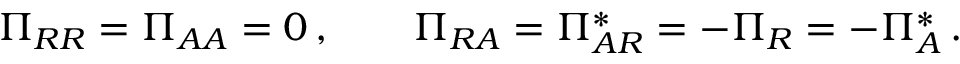
\Pi _ { R R } = \Pi _ { A A } = 0 \, , \qquad \Pi _ { R A } = \Pi _ { A R } ^ { * } = - \Pi _ { R } = - \Pi _ { A } ^ { * } \, .